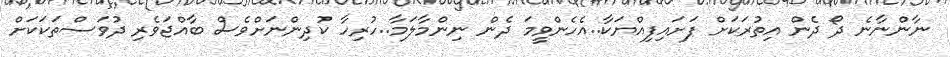
ނާންނާނެ ދޯ ދެން އިތުރަކަށް ފަށައިފިއްޔަކާ..އެހެންވީމަ ދެން ނިންމާލަމާ..ހުރިހާ ކުދިންނަށްވެސް ބާއްޖަވެރި ދުވަސްތަކަކަށް